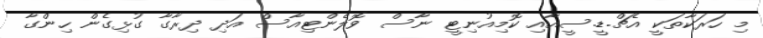
މި ހަރަކާތަކީ އެޗް.ޑީ.ސީއާއި ކޮމިއުނިޓީ ނާސް ވޮލެންޓިއާސް އަދި ދިރާގާ ގުޅިގެން ހިންގާ